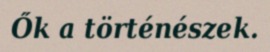
Ők a történészek.